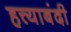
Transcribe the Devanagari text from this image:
हत्त्याबंदी